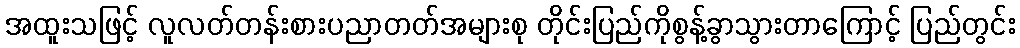
အထူးသဖြင့် လူလတ်တန်းစားပညာတတ်အများစု တိုင်းပြည်ကိုစွန့်ခွာသွားတာကြောင့် ပြည်တွင်း